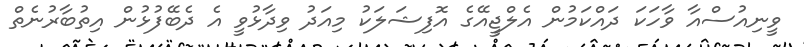
ވީނިއުސްއާ ވާހަކަ ދައްކަމުން އެލްޖީއޭގެ އޮފިޝަލަކު މިއަދު ވިދާޅުވީ އެ ދެބޭފުޅުން އިތުބާރުނެތް